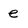
Character: e